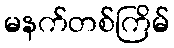
မနက်တစ်ကြိမ်